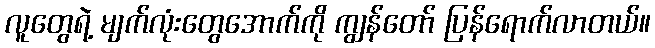
လူတွေရဲ့ မျက်လုံးတွေအောက်ကို ကျွန်တော် ပြန်ရောက်လာတယ်။